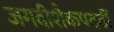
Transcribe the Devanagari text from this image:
जगदीशैकपदवीं